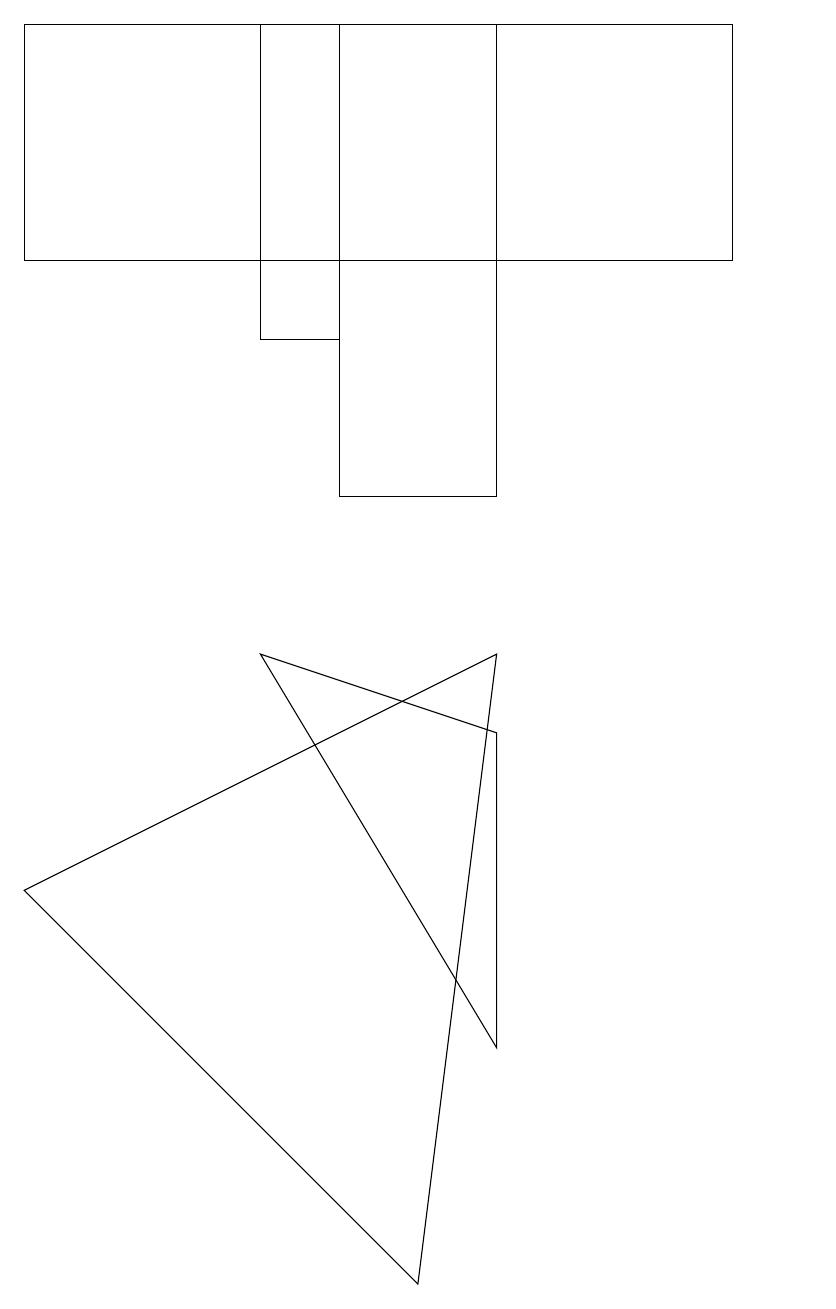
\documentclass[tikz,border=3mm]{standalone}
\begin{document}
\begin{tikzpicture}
\draw (4,16) rectangle (6,10);
\draw (10,10) circle (0);
\draw (5,0) -- (0,5) -- (6,8) -- cycle;
\draw (6,7) -- (6,3) -- (3,8) -- cycle;
\draw (10,11) circle (0);
\draw (4,16) rectangle (3,12);
\draw (0,16) rectangle (9,13);
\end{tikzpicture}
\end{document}